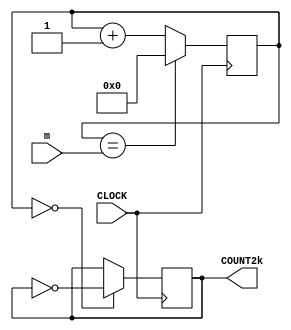
`timescale 1ns / 1ps
//////////////////////////////////////////////////////////////////////////////////
// Company: 
// Engineer: 
// 
// Design Name: 
// Module Name: my_clock_module
// Project Name: 
// Target Devices: 
// Tool Versions: 
// Description: 
// 
// Dependencies: 
// 
// Revision:
// Revision 0.01 - File Created
// Additional Comments:
// 
//////////////////////////////////////////////////////////////////////////////////


module my_clock_module(input CLOCK, output reg COUNT2k = 0, input[31:0] m);
    reg [31:0]COUNT = 0;
    always @ (posedge CLOCK) begin 
            COUNT <= (COUNT == m)? 0 : COUNT + 1;  //2499
            COUNT2k <= (COUNT == 0) ? ~COUNT2k : COUNT2k;
    end
endmodule